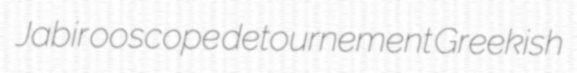
Jabir ooscope detournement Greekish